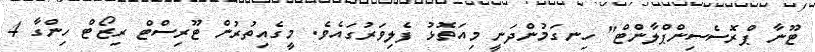
ޓޫނާ ޕްރޮސެސިންޕްލާންޓް" ހިނގަމުންދަނީ މިއަތޮޅު ފެލިވަރުގައެވެ. މީގެއިތުރުން ޓޫރިސްޓް ރިޒޯޓް ހިންގާ 4